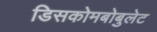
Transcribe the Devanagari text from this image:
डिसकोमबोबुलेट